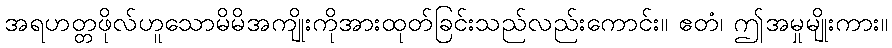
အရဟတ္တဖိုလ်ဟူသောမိမိအကျိုးကိုအားထုတ်ခြင်းသည်လည်းကောင်း။ ဧတံ၊ ဤအမှုမျိုးကား။